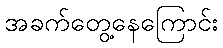
အခက်တွေ့နေကြောင်း